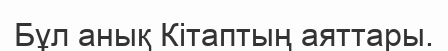
Бұл анық Кітаптың аяттары.